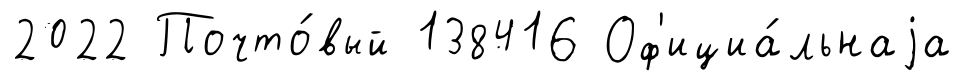
2022 Почто́вый 138416 Оф'ициа́льнаjа